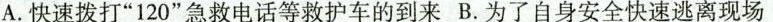
A.快速拨打”120”急救电话等救护车的到来 B.为了自身安全快速逃离现场